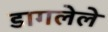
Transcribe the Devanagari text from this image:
डागलेले